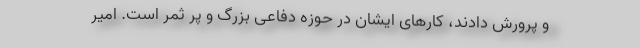
و پرورش دادند، کارهای ایشان در حوزه دفاعی بزرگ و پر ثمر است. امیر